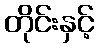
တိုင်းနှင့်